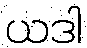
ယဒါ